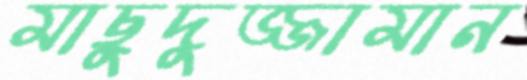
মাছুদুজ্জামান